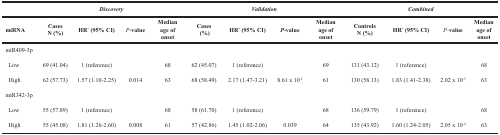
<table><thead><tr><td colspan="6"><b><i>Discovery</i></b></td><td colspan="2"><b><i>Validation</i></b></td><td colspan="5"><b><i>Combined</i></b></td></tr><tr><td><b>miRNA</b></td><td><b>CasesN (%)</b></td><td><b>HR<sup>*</sup> (95% CI)</b></td><td><b><i>P-</i>value</b></td><td><b>Median age of onset</b></td><td><b>Cases(%)</b></td><td><b>HR<sup>*</sup> (95% CI)</b></td><td><b><i>P-</i>value</b></td><td><b>Median age of onset</b></td><td><b>ControlsN (%)</b></td><td><b>HR<sup>*</sup> (95% CI)</b></td><td><b><i>P-</i>value</b></td><td><b>Median age of onset</b></td></tr></thead><tbody><tr><td>miR409-3p</td><td></td><td></td><td></td><td></td><td></td><td></td><td></td><td></td><td></td><td></td><td></td><td></td></tr><tr><td> Low</td><td>69 (41.04)</td><td>1 (reference)</td><td></td><td>68</td><td>62 (45.07)</td><td>1 (reference)</td><td></td><td>69</td><td>131 (43.12)</td><td>1 (reference)</td><td></td><td>68</td></tr><tr><td> High</td><td>62 (57.73)</td><td>1.57 (1.10-2.25)</td><td>0.014</td><td>63</td><td>68 (58.49)</td><td>2.17 (1.47-3.21)</td><td>8.61 x 10<sup>-5</sup></td><td>61</td><td>130 (58.13)</td><td>1.83 (1.41-2.38)</td><td>2.02 x 10<sup>-5</sup></td><td>63</td></tr><tr><td>miR342-3p</td><td></td><td></td><td></td><td></td><td></td><td></td><td></td><td></td><td></td><td></td><td></td><td></td></tr><tr><td> Low</td><td>55 (57.89)</td><td>1 (reference)</td><td></td><td>68</td><td>58 (61.70)</td><td>1 (reference)</td><td></td><td>68</td><td>136 (59.79)</td><td>1 (reference)</td><td></td><td>68</td></tr><tr><td> High</td><td>55 (45.08)</td><td>1.81 (1.26-2.60)</td><td>0.008</td><td>61</td><td>57 (42.86)</td><td>1.45 (1.02-2.06)</td><td>0.039</td><td>64</td><td>135 (43.92)</td><td>1.60 (1.24-2.05)</td><td>2.05 x 10<sup>-4</sup></td><td>63</td></tr></tbody></table>